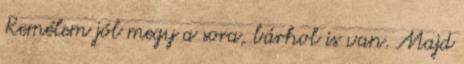
Remélem jól megy a sora, bárhol is van. Majd